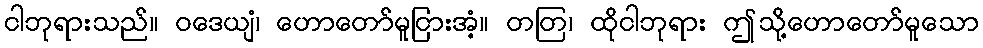
ငါဘုရားသည်။ ဝဒေယျံ၊ ဟောတော်မူငြားအံ့။ တတြ၊ ထိုငါဘုရား ဤသို့ဟောတော်မူသော